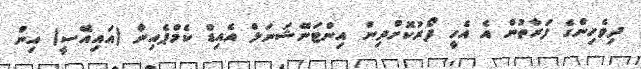
ދިވެހިންގެ ފަރާތުން އެ އެހީ ފޯރުކޮށްދިން އިންޓަނޭޝަނަލް އެއިޑް ކެމްޕެއިން (އައިއޭސީ) އިން